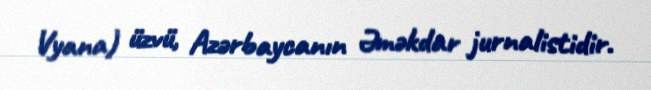
Vyana) üzvü, Azərbaycanın Əməkdar jurnalistidir.